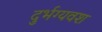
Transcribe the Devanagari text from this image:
दुर्भग्यवश